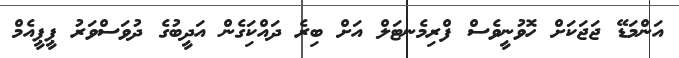
އަންމަޑޭ ޖަޖަކަށް ހޮވުނީވެސް ފްރިމެނޓަލް އަށް ބިރެ ދައްކަިގެން އަދީބުގެ ދުވަސްވަރު ޕީޕީއެމް